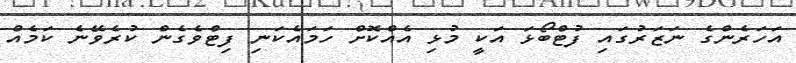
އަހަރެންގެ ނަޒަރުގައި ފުޓްބޯޅަ އަކީ މުޅި އެއްކޮށް ހަމައެކަނި ފިޓްވެގެން ކުރެވޭނެ ކަމެއް